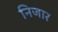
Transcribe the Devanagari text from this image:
निजार